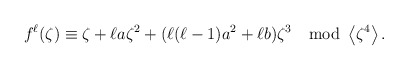
\begin{align*}f^{\ell}(\zeta)\equiv \zeta+\ell a\zeta^2 +(\ell (\ell-1)a^2+ \ell b)\zeta^3 \mod \left\langle \zeta ^4\right\rangle.\end{align*}